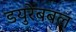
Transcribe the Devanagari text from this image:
डयुरेबबल